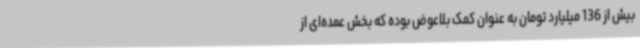
بیش از 136 میلیارد تومان به عنوان کمک بلاعوض بوده که بخش عمده‌ای از